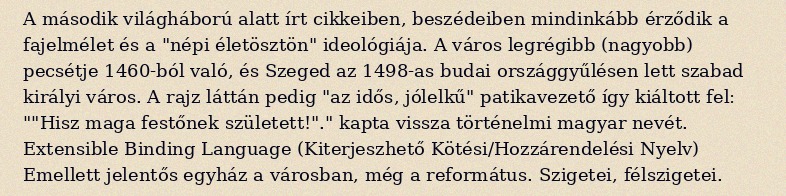
A második világháború alatt írt cikkeiben, beszédeiben mindinkább érződik a fajelmélet és a "népi életösztön" ideológiája. A város legrégibb (nagyobb) pecsétje 1460-ból való, és Szeged az 1498-as budai országgyűlésen lett szabad királyi város. A rajz láttán pedig "az idős, jólelkű" patikavezető így kiáltott fel: ""Hisz maga festőnek született!"." kapta vissza történelmi magyar nevét. Extensible Binding Language (Kiterjeszhető Kötési/Hozzárendelési Nyelv) Emellett jelentős egyház a városban, még a református. Szigetei, félszigetei.